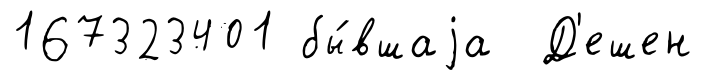
167323401 бы́вшаjа Д'ешен